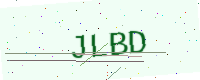
Text: JLBD